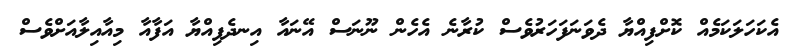
އެކަހަލަކަމެއް ކޮށްފިއްޔާ ދެވަނަފަހަރުވެސް ކުރާނެ އެހެން ނޫނަސް އޭނައާ އިނދެފިއްޔާ އަފާއާ މިއާއިލާއަށްވެސް